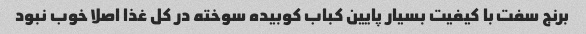
برنج سفت با کیفیت بسیار پایین کباب کوبیده سوخته در کل غذا اصلا خوب نبود